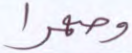
وصهرا